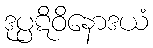
ဒုပ္ပဋိဝိနောဒယံ